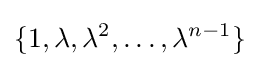
\{1,\lambda ,\lambda ^{2},\ldots ,\lambda ^{n-1}\}